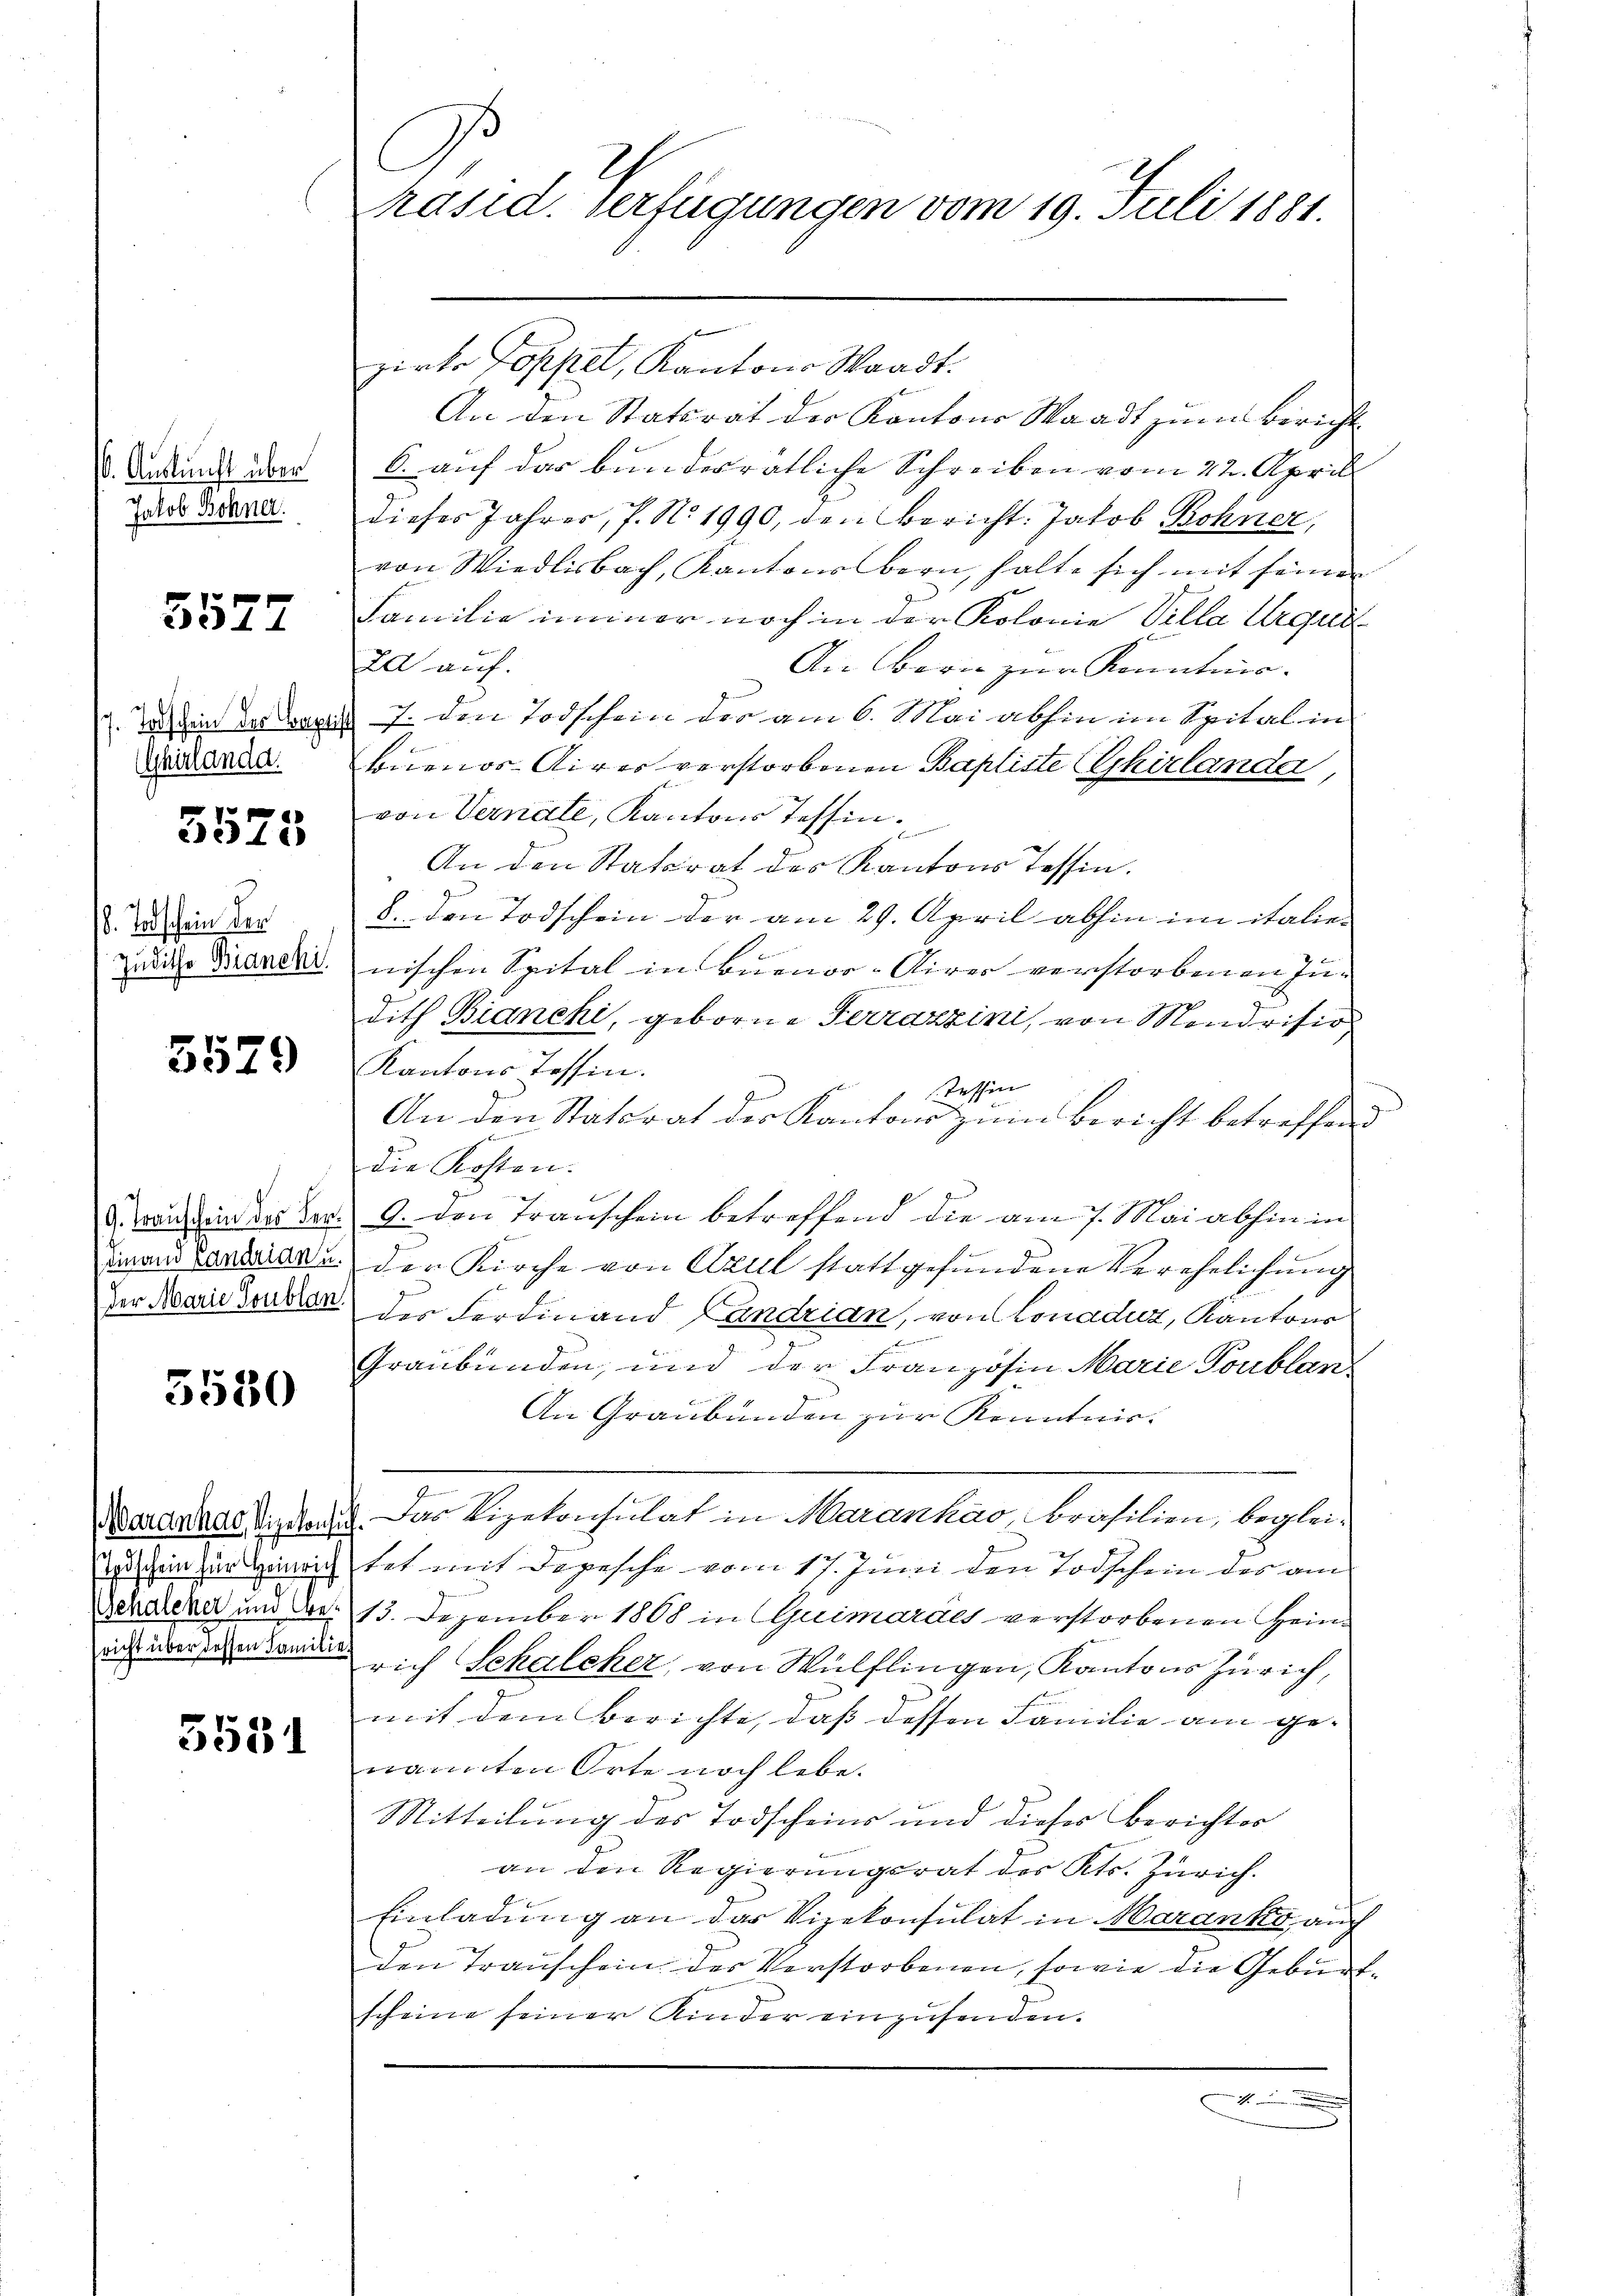
. Ankunft über
Jakob Bohner.

5577

7. Todschein der Bapti
(Ghirlanda.

5575

8. Todschein der
Zuditho Bianchi

3529

9. Transchein des Ver¬

3530

odschein für Heinrich
Genalcker und Cre¬

5551

C
Präsid. verfügungen vom 19. Juli 1881.

zirke doppel, Kantons Waadt.
An den Statsrat der Kantons Waadt zum Bericht
6. auf das bunderratliche Schreiben vom 22. April
dieses Jahres, 7. No. 1990, den Bericht. Jakob Bohner,
von Wiedlisbach, Kantonsbern, halte sich mit seinen
Familie immer noch in der Kolonie Villa Urgurt
Da auf.
An Bern zur Kenntnis.
d 7. den Todschein des am 6. Mai abhin im Spital in
Buenos Aires verstorbenen Baptiste Chirlande
von Vernate, Kantons Tessin.
An den Statorat des Kantons Tessin.
8. den Todschein der am 29. April abhin im italie-
nischen Spital in Buenos-Airer verstorbenen Indith Bianchi, geborne Ferrazzini, von Mendrision
Kantons Tessin.
Tessin
An den Statsrat der Kantons zŭm Bericht betreffend
die Kosten.
9. den Transchein betreffend die am 7. Mai abhin in
Figaus Landerart den Kirche von Acul stattgefundene Verehelichung
Der Marie deuten der Ferdinand Candrian, von Lonaduz, Kantons
Graubünden, und der Französin Marie Toublan
An Graubünden zur Kenntnis.
Maandas Kinden. Das Vizekonsulat in Marankao, Brasilien, begleitet mit Depesche vom 17. Juni den Todschein des am
13. Dezember 1808 in Guimardes verstorbenen Heinaist über schon anden sich Schalcher, von Wülflingen, Kantons Zürich,
mit dem berichte, daß dessen Familie am ge-
nannten Orte noch lebe.
Mitteilung des Todschein und dieser Berichtes
an den Regierungsrat des Kts. Zürich.
Einladung an das Vizekonsulat in Maranko, auch
den Transchein des Verstorbenen, sowie die Geburtscheine seiner Kinder einzusenden.